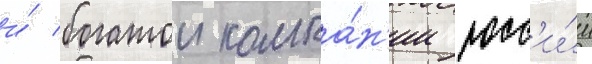
и́ богатои компа́н'ии росс'и́и